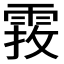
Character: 𩃂